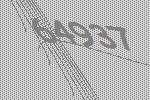
64937